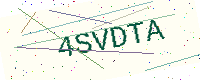
Text: 4SVDTA